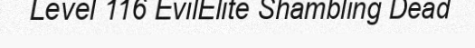
Level 116 EvilElite Shambling Dead